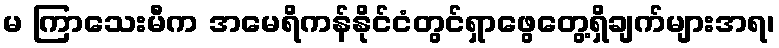
မ ကြာသေးမီက အမေရိကန်နိုင်ငံတွင်ရှာဖွေတွေ့ရှိချက်များအရ၊